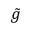
\tilde { g }